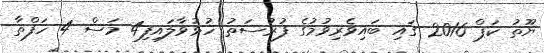
ޔޫތު ކަޕް 2016 ގައި ބައިވެރިވުމުގެ ފުރުސަތު ހުޅުވާލައިފި4 މަސް 4 ހަފްތާ